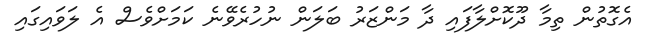
އެގޮތުން ތިމާ ދޫކޮށްލާފައި ދާ މަންޒަރު ބަލަން ނުހުރެވޭނެ ކަމަށްވެސް އެ ލަވައިގައި